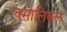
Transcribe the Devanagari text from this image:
क्सालिकल